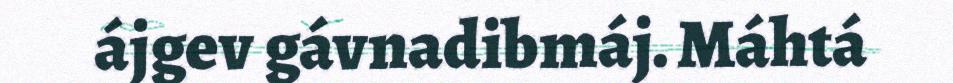
ájgev gávnadibmáj. Máhtá